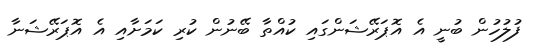
ފުލުހުން ބުނީ އެ އޮޕަރޭޝަންގައި ކުއްތާ ބޭނުން ކުރި ކަމަށާއި އެ އޮޕަރޭޝަނާ